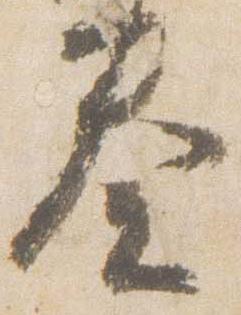
奏